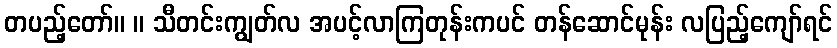
တပည့်တော်။ ။ သီတင်းကျွတ်လ အပင့်လာကြတုန်းကပင် တန်ဆောင်မုန်း လပြည့်ကျော်ရင်